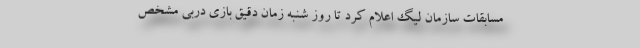
مسابقات سازمان لیگ اعلام کرد تا روز شنبه زمان دقیق بازی دربی مشخص